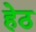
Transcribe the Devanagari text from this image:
हेठ